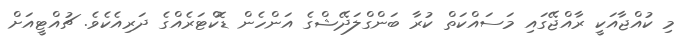
މި ކުއްޖާއަކީ ރާއްޖޭގައި މަސައްކަތް ކުރާ ބަންގްލަދޭޝްގެ އަންހެން ޑޮކްޓަރެއްގެ ދަރިއެކެވެ. ޗުއްޓީއަށް